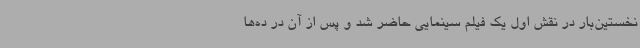
نخستین‌بار در نقش اول یک فیلم سینمایی حاضر شد و پس از آن در ده‌ها